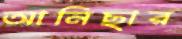
আনিছার